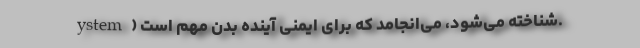
ystem) شناخته می‌شود، می‌انجامد که برای ایمنی آینده بدن مهم است.